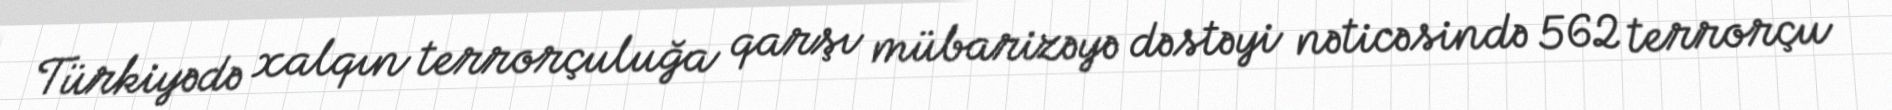
Türkiyədə xalqın terrorçuluğa qarşı mübarizəyə dəstəyi nəticəsində 562 terrorçu